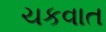
ચકવાત